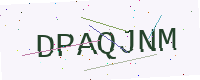
Text: DPAQJNM